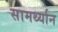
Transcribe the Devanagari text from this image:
सामर्थ्‍यान